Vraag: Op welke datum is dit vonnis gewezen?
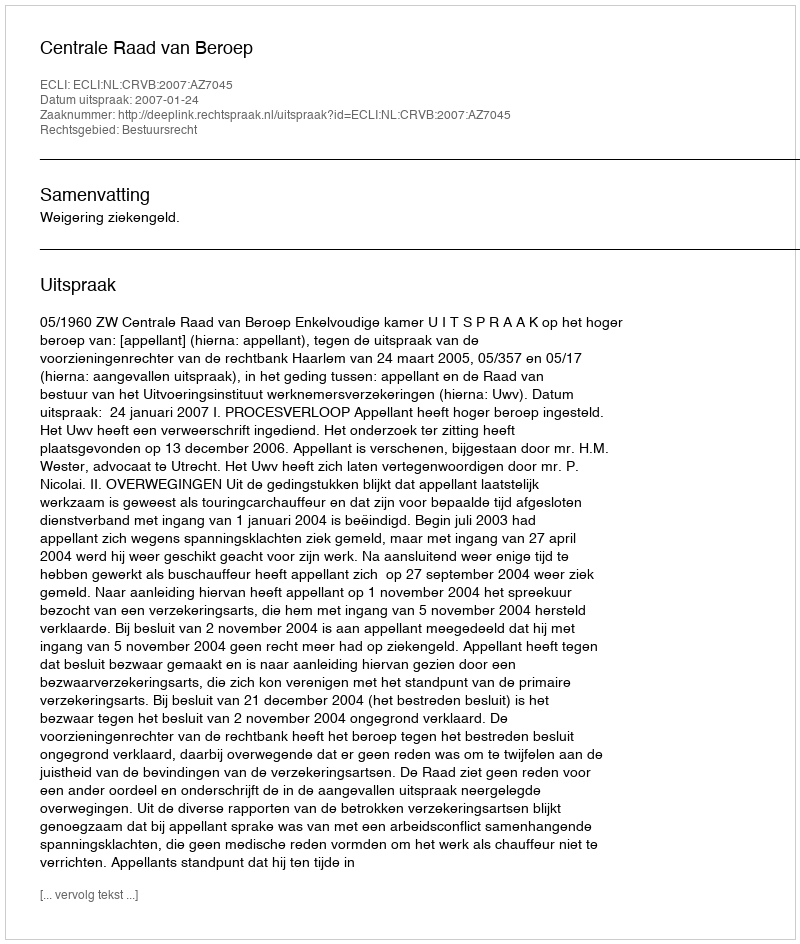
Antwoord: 2007-01-24